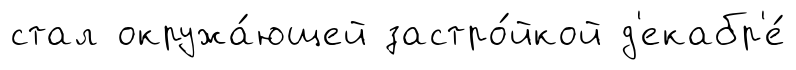
стал окружа́ющей застро́йкой д'екабр'е́